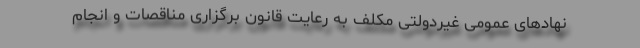
نهادهای عمومی غیردولتی مکلف به رعایت قانون برگزاری مناقصات و انجام